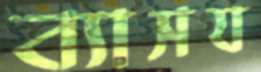
ব্যাসয